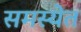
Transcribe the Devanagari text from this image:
समस्येत